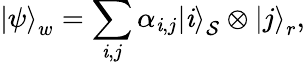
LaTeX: \left|\psi\right\rangle_{w}=\sum_{\mathit{i},j}\alpha_{\mathit{i},j}\left|\mathit{i}\right\rangle_{\mathcal{S}}\otimes\left|j\right\rangle_{r},